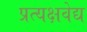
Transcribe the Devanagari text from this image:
प्रत्यक्षवेद्य